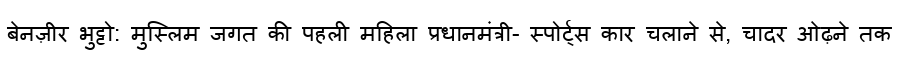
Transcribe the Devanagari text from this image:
बेनज़ीर भुट्टो: मुस्लिम जगत की पहली महिला प्रधानमंत्री- स्पोर्ट्स कार चलाने से, चादर ओढ़ने तक